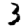
Digit: 3